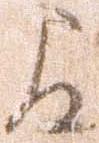
間